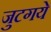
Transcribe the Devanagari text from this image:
जुटगये